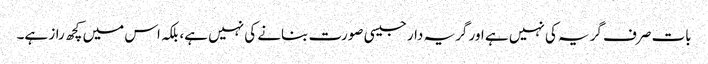
بات صرف گریہ کی نہیں ہے اور گریہ دار جیسی صورت بنانے کی نہیں ہے، بلکہ اس میں کچھ راز ہے۔